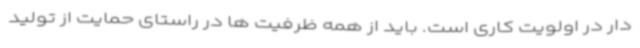
دار در اولویت کاری است. باید از همه ظرفیت ها در راستای حمایت از تولید